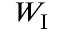
W _ { \mathrm { I } }